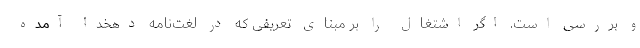
و بررسی است. اگر اشتغال را بر مبنای تعریفی که در لغت‌نامه دهخدا آمده